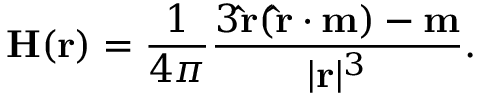
\mathbf { H } ( \mathbf { r } ) = { \frac { 1 } { 4 \pi } } { \frac { 3 \mathbf { \hat { r } } ( \mathbf { \hat { r } } \cdot \mathbf { m } ) - \mathbf { m } } { | \mathbf { r } | ^ { 3 } } } .